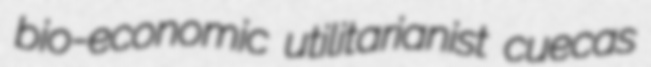
bio-economic utilitarianist cuecas